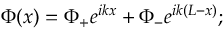
\Phi ( x ) = \Phi _ { + } e ^ { i k x } + \Phi _ { - } e ^ { i k ( L - x ) } ;